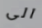
الى